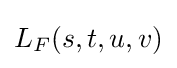
L_{F}(s,t,u,v)